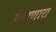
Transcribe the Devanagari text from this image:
वेधणारा